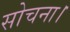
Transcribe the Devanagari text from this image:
सोचना।